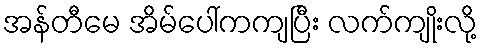
အန်တီမေ အိမ်ပေါ်ကကျပြီး လက်ကျိုးလို့